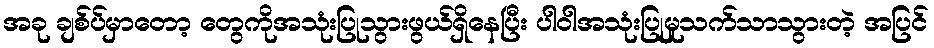
အခု ချစ်ပ်မှာတော့ တွေကိုအသုံးပြုသွားဖွယ်ရှိနေပြီး ပါဝါအသုံးပြုမှုသက်သာသွားတဲ့ အပြင်